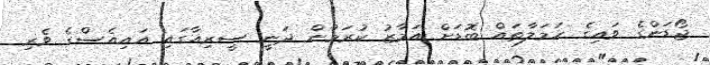
ޖޯޑަންގެ ވައިގެ ހަމަލާތައް ބޮޑަށް އަމާޒު ކުރަމުން ދަނީ ސީރިއާގައި އައިއެސްގެ ވެރި